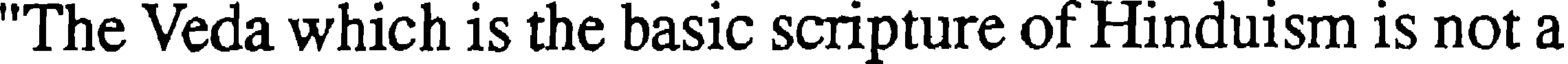
"The Veda which is the basic scripture of Hinduism is not a